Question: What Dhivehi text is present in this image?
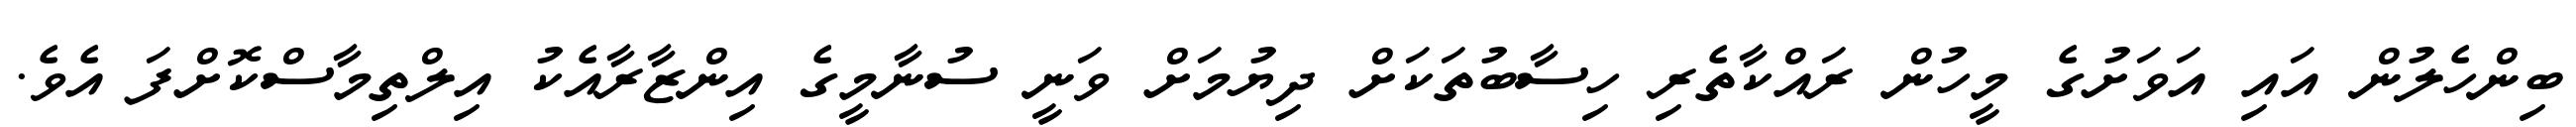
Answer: ބިންހެލުން އައި އަވަށުގެ މީހުން ރައްކާތެރި ހިސާބުތަކަށް ދިޔުމަށް ވަނީ ސުނާމީގެ އިންޒާރާއެކު އިލްތިމާސްކޮށްފަ އެވެ.